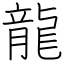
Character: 龍